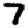
Digit: 7